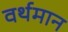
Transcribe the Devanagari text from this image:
वर्थमान